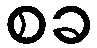
စခ